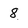
Character: 8